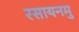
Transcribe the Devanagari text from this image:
रसायनमु